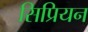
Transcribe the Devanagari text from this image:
सिप्रियन